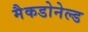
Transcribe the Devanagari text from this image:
मैकडोनेल्ड